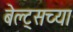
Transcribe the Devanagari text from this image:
बेल्ट्सच्या